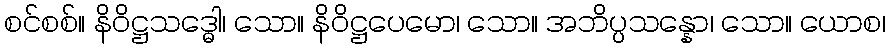
စင်စစ်။ နိဝိဋ္ဌသဒ္ဓေါ၊ သော။ နိဝိဋ္ဌပေမော၊ သော။ အဘိပ္ပသန္နော၊ သော။ ယောစ၊